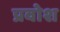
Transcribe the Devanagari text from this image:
प्रवोश